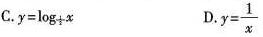
C.$$y = l o g _ { \frac { 1 } { 2 }} ^ x$$ D.$$y = \frac { 1 } { x }$$